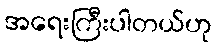
အရေးကြီးပါတယ်ဟု